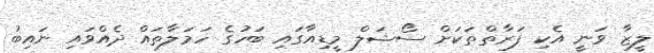
ލީޒާ ވަނީ އެކި ފަރާތްތަކަށް ސޯޝަލް މީޑިއާގައި ބަހުގެ ހަމަލާތައް ދެއްވައި ނައިބު